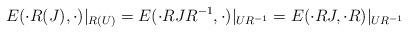
LaTeX: \begin{align*}E(\cdot R(J),\cdot)\vert_{R(U)}=E(\cdot RJR^{-1}, \cdot)\vert_{UR^{-1}}=E(\cdot RJ,\cdot R)\vert_{UR^{-1}}\end{align*}